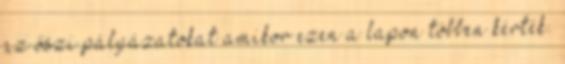
az őszi pályázatokat amikor ezen a lapon többen kérték.